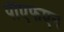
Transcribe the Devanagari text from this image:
पीएफएन